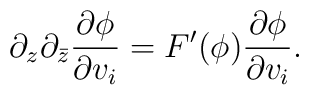
\partial_z \partial_{\bar z} \frac{\partial \phi}{\partial v_i} =F'(\phi)\frac{\partial \phi}{\partial v_i}.